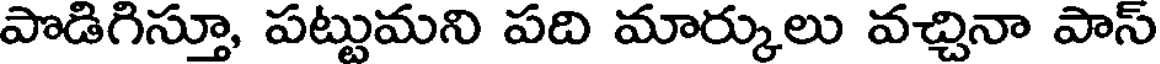
పొడిగిస్తూ, పట్టుమని పది మార్కులు వచ్చినా పాస్